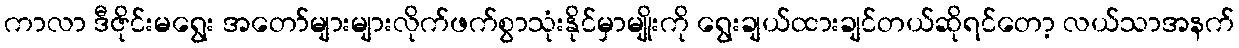
ကာလာ ဒီဇိုင်းမရွေး အတော်များများလိုက်ဖက်စွာသုံးနိုင်မှာမျိုးကို ရွေးချယ်ထားချင်တယ်ဆိုရင်တော့ လယ်သာအနက်